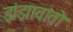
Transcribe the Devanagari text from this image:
झंझावातो